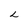
Character: L